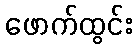
ဖောက်ထွင်း